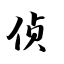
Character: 侦